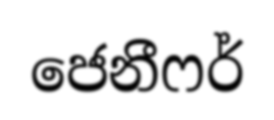
ජෙනීෆර්